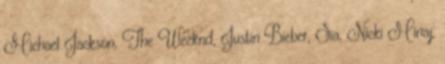
Michael Jackson, The Weeknd, Justin Bieber, Sia, Nicki Minaj,